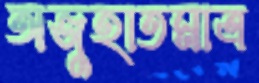
অজুহাতমাত্র